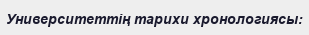
Университеттің тарихи хронологиясы: